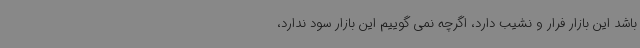
باشد این بازار فرار و نشیب دارد، اگرچه نمی گوییم این بازار سود ندارد،